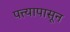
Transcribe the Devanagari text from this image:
पत्त्यापासून